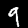
Digit: 9